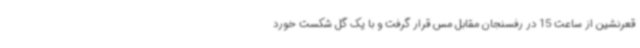
قعرنشین از ساعت 15 در رفسنجان مقابل مس قرار گرفت و با یک گل شکست خورد